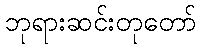
ဘုရားဆင်းတုတော်